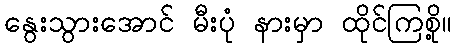
နွေးသွားအောင် မီးပုံ နားမှာ ထိုင်ကြစို့။